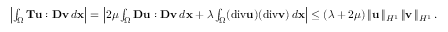
\begin{array} { r l } & { \left| \int _ { \Omega } { \bf T } { \bf u } : { \bf D } { \bf v } \, d { \bf x } \right| = \left| 2 \mu \int _ { \Omega } { \bf D } { \bf u } : { \bf D } { \bf v } \, d { \bf x } + \lambda \int _ { \Omega } ( \mathrm { d i v } { \bf u } ) ( \mathrm { d i v } { \bf v } ) \, d { \bf x } \right| \le ( \lambda + 2 \mu ) \, \| { \bf u } \, \| _ { H ^ { 1 } } \, \| { \bf v } \, \| _ { H ^ { 1 } } \, . } \end{array}